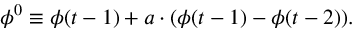
\phi ^ { 0 } \equiv \phi ( t - 1 ) + a \cdot ( \phi ( t - 1 ) - \phi ( t - 2 ) ) .